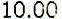
10.00